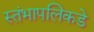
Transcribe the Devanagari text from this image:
स्तंभापलिकडे